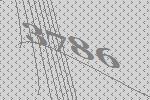
3786